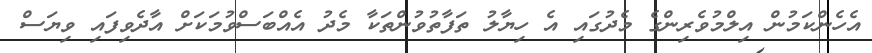
އެހެންކަމުން އިލްމުވެރިންގެ މެދުގައި އެ ހިޔާލު ތަފާތުވުންތަކާ މެދު އެއްބަސްވުމަކަށް އާދެވިފައި ވިޔަސް